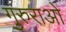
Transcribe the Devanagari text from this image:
गुरुराओ